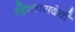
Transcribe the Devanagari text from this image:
विश्वासदेवी